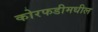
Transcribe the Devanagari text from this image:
कोरफडीमधील